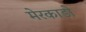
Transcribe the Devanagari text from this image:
मेरकाडो